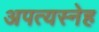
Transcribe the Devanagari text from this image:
अपत्यस्नेह